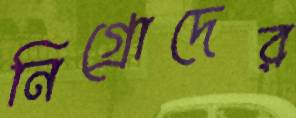
নিগ্রোদের